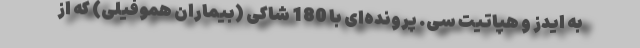
به ایدز و هپاتیت سی. پرونده‌ای با 180 شاکی (بیماران هموفیلی) که از